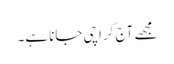
مجھے آج کراچی جانا ہے۔